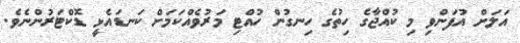
އަލަށް އުފަންވި މި ކުއްޖާގެ ހިތުގެ ހިނގުން ހުއްޓި މަރުވެއްކަމަށް ކަނޑައެޅީ ޑޮކްޓަރުންނެވެ.